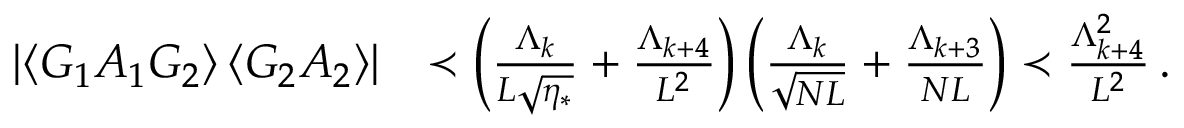
\begin{array} { r l } { \left| \left\langle { G _ { 1 } A _ { 1 } G _ { 2 } } \right\rangle \left\langle { G _ { 2 } A _ { 2 } } \right\rangle \right| } & { \prec \left( \frac { \Lambda _ { k } } { L \sqrt { \eta _ { * } } } + \frac { \Lambda _ { k + 4 } } { L ^ { 2 } } \right) \left( \frac { \Lambda _ { k } } { \sqrt { N L } } + \frac { \Lambda _ { k + 3 } } { N L } \right) \prec \frac { \Lambda _ { k + 4 } ^ { 2 } } { L ^ { 2 } } \, . } \end{array}